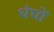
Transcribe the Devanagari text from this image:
धंघों